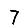
Digit: 7